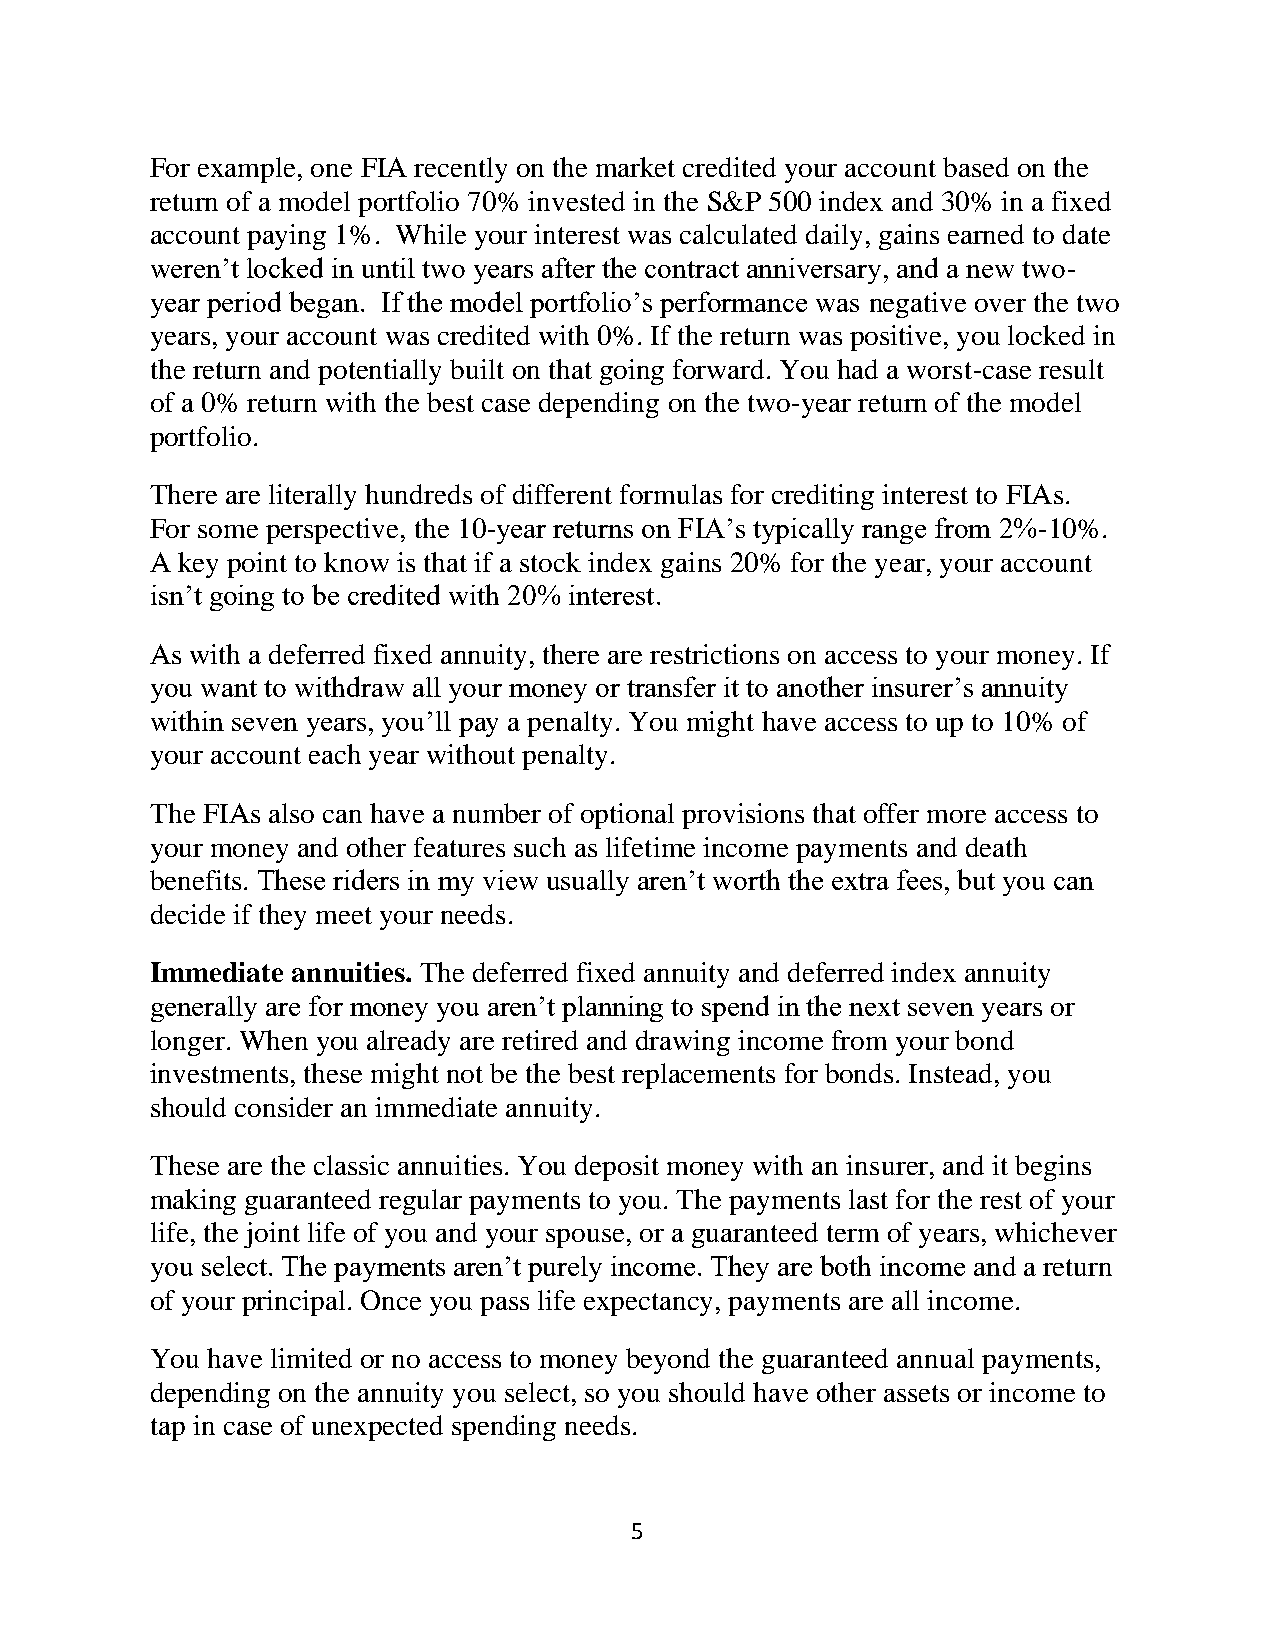
For example, one FIA recently on the market credited your account based on the
 return of a model portfolio 70% invested in the S&P 500 index and 30% in a fixed
 account paying 1%. While your interest was calculated daily, gains earned to date
 weren’t locked in until two years after the contract anniversary, and a new two-
 year period began. If the model portfolio’s performance was negative over the two
 years, your account was credited with 0%. If the return was positive, you locked in
 the return and potentially built on that going forward. You had a worst-case result
 of a 0% return with the best case depending on the two-year return of the model
 portfolio.
 There are literally hundreds of different formulas for crediting interest to FIAs.
 For some perspective, the 10-year returns on FIA’s typically range from 2%-10%.
 A key point to know is that if a stock index gains 20% for the year, your account
 isn’t going to be credited with 20% interest.
 As with a deferred fixed annuity, there are restrictions on access to your money. If
 you want to withdraw all your money or transfer it to another insurer’s annuity
 within seven years, you’ll pay a penalty. You might have access to up to 10% of
 your account each year without penalty.
 The FIAs also can have a number of optional provisions that offer more access to
 your money and other features such as lifetime income payments and death
 benefits. These riders in my view usually aren’t worth the extra fees, but you can
 decide if they meet your needs.
 Immediate annuities. The deferred fixed annuity and deferred index annuity
 generally are for money you aren’t planning to spend in the next seven years or
 longer. When you already are retired and drawing income from your bond
 investments, these might not be the best replacements for bonds. Instead, you
 should consider an immediate annuity.
 These are the classic annuities. You deposit money with an insurer, and it begins
 making guaranteed regular payments to you. The payments last for the rest of your
 life, the joint life of you and your spouse, or a guaranteed term of years, whichever
 you select. The payments aren’t purely income. They are both income and a return
 of your principal. Once you pass life expectancy, payments are all income.
 You have limited or no access to money beyond the guaranteed annual payments,
 depending on the annuity you select, so you should have other assets or income to
 tap in case of unexpected spending needs.
 5